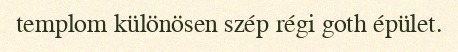
templom különösen szép régi goth épület.